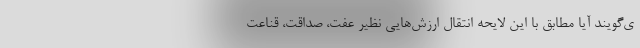
ی‌گویند آیا مطابق با این لایحه انتقال ارزش‌هایی نظیر عفت، صداقت، قناعت